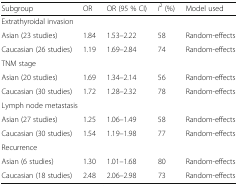
| Subgroup | OR | OR (95 % CI) | I2 (%) | Model used |
 | --- | --- | --- | --- | --- |
 | <COLSPAN=5> Extrathyroidal invasion |
 | Asian (23 studies) | 1.84 | 1.53–2.22 | 58 | Random-effects |
 | Caucasian (26 studies) | 1.19 | 1.69–2.84 | 74 | Random-effects |
 | <COLSPAN=5> TNM stage |
 | Asian (20 studies) | 1.69 | 1.34–2.14 | 56 | Random-effects |
 | Caucasian (30 studies) | 1.72 | 1.28–2.32 | 78 | Random-effects |
 | <COLSPAN=5> Lymph node metastasis |
 | Asian (27 studies) | 1.25 | 1.06–1.49 | 58 | Random-effects |
 | Caucasian (30 studies) | 1.54 | 1.19–1.98 | 77 | Random-effects |
 | <COLSPAN=5> Recurrence |
 | Asian (6 studies) | 1.30 | 1.01–1.68 | 80 | Random-effects |
 | Caucasian (18 studies) | 2.48 | 2.06–2.98 | 73 | Random-effects |